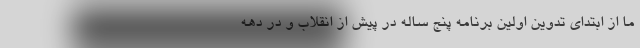
ما از ابتدای تدوین اولین برنامه پنج ساله در پیش از انقلاب و در دهه